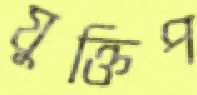
যুক্তিপ